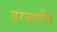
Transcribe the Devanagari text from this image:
ठरवावीत